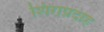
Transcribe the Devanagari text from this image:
शिराप्रदाह